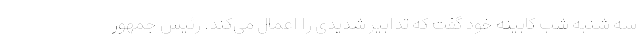
سه شنبه شب کابینه خود گفت که تدابیر شدیدی را اعمال می‌کند. رئیس جمهور